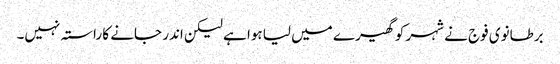
برطانوی فوج نے شہر کو گھیرے میں لیا ہوا ہے لیکن اندر جانے کا راستہ نہیں۔